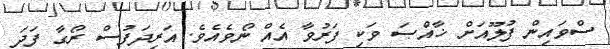
ސްވައިން ފުލޫއަށް ޚާއްޞަ ވަކި ފަރުވާ އެއް ނޯވެއެވެ. އަރިދަފުސް ރޯގާ ފަދަ